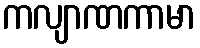
ကလျာဏကာမာ